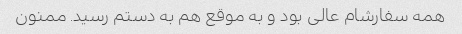
همه سفارشام عالی بود و به موقع هم به دستم رسید. ممنون